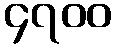
၄၇၀၀